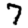
Digit: 7